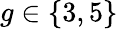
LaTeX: g\in\{ 3,5\}